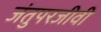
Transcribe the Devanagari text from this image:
जंतुपरजीवी